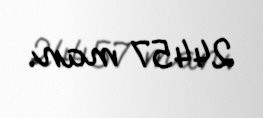
24457 man.